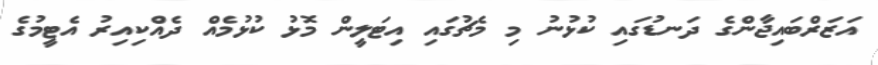
އަޒަރްބައިޖާންގެ ދަނޑުގައި ކުޅުނު މި މެޗުގައި އިޓަލީން މޮޅު ކުޅުމެއް ދެއްކިއިރު އެޓީމުގެ